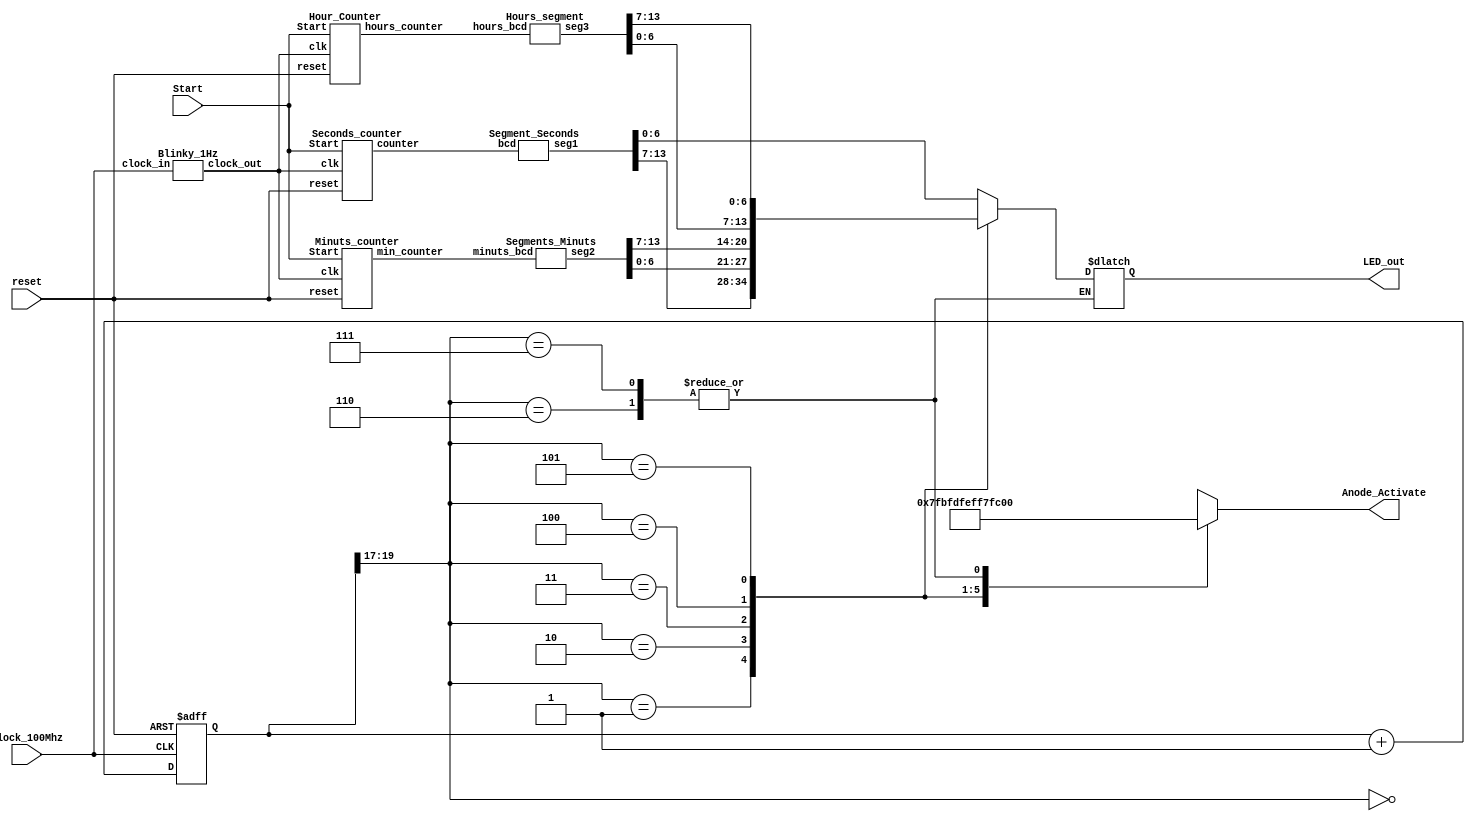
`timescale 1ns / 1ps


module Time_multiplexing( clock_100Mhz,reset,Anode_Activate,LED_out,Start );
input clock_100Mhz; // 100 Mhz clock source FPGA
input reset; // reset
input Start;
output reg [7:0] Anode_Activate; // anode signals of the 7-segment LED display
output reg [6:0] LED_out;
wire [2:0] LED_activating_counter;
reg [19:0] refresh_counter;
wire clock_out;
wire [13:0] seg1;
wire [13:0] seg2;
wire [13:0] seg3;
wire [5:0] counter;
wire [5:0] min_counter;
wire [3:0] hours_counter;

Blinky_1Hz inst0(.clock_in(clock_100Mhz), .clock_out(clock_out));

Seconds_counter inst1(.clk(clock_out),.reset(reset),.counter(counter),.Start(Start));

Segment_Seconds inst2(.bcd(counter),.seg1(seg1));

Minuts_counter inst3(.clk(clock_out),.reset(reset),.min_counter(min_counter),.Start(Start));

Segments_Minuts inst4(.minuts_bcd(min_counter),.seg2(seg2));

Hour_Counter inst5(.clk(clock_out), .reset(reset),.hours_counter(hours_counter),.Start(Start));

Hours_segment inst6(.hours_bcd(hours_counter),.seg3(seg3));


always @(posedge clock_100Mhz or posedge reset)
    begin
        if(reset==1)
            refresh_counter <= 0;
        else
            refresh_counter <= refresh_counter + 1;
    end
    assign LED_activating_counter = refresh_counter[19:17];
    // anode activating signals for 4 LEDs, digit period of 2.6ms
    // decoder to generate anode signals
    always @(*)
    begin
        case(LED_activating_counter)
        3'b000: begin
            Anode_Activate = 8'b0111_1111;
            LED_out=seg1 [6:0];
            // activate LED1 and Deactivate LED2, LED3, LED4
         
              end
        3'b001: begin
            Anode_Activate = 8'b1011_1111;
            LED_out=seg1 [13:7];
            // activate LED2 and Deactivate LED1, LED3, LED4
           
              end
        3'b010: begin
            Anode_Activate = 8'b1101_1111;
            LED_out=seg2 [6:0];
            // activate LED3 and Deactivate LED2, LED1, LED4
            end
        3'b011: begin
            Anode_Activate = 8'b1110_1111;
            LED_out=seg2 [13:7];
            // activate LED4 and Deactivate LED2, LED3, LED1
               
               end
        3'b100: begin
                           Anode_Activate = 8'b1111_0111;
                          LED_out=seg3 [6:0];
                                        // activate LED4 and Deactivate LED2, LED3, LED1
                             
                              end
         3'b101: begin
                         Anode_Activate = 8'b1111_1011;
                                          LED_out=seg3 [13:7];
                                          // activate LED4 and Deactivate LED2, LED3, LED1
                                         
                                    end
          3'b110: begin
                           Anode_Activate = 8'b1111_1111;
                                             //            LED_out=seg2 [13:7];
                                                         // activate LED4 and Deactivate LED2, LED3, LED1
                                                           
                                     end
            3'b111: begin
                             Anode_Activate = 8'b1111_1111;
                                                            //            LED_out=seg2 [13:7];
                                                                        // activate LED4 and Deactivate LED2, LED3, LED1
                                                                        //LED_BCD = ((displayed_number % 1000)%100)%10;
                                                                        // the fourth digit of the 16-bit number    
                                       end
        endcase
    end



endmodule

///Hourse module


module Hours_segment(hours_bcd,seg3);

input [3:0] hours_bcd;
output reg [13:0] seg3;


always @ (hours_bcd)
begin
   case(hours_bcd)
           0: seg3 = 14'b0000001_0000001; // "0"    
           1: seg3 = 14'b0000001_1001111; // "1"
           2: seg3 = 14'b0000001_0010010; // "2"
           3: seg3 = 14'b0000001_0000110; // "3"
           4: seg3 = 14'b0000001_1001100; // "4"
           5: seg3 = 14'b0000001_0100100; // "5"
           6: seg3 = 14'b0000001_0100000; // "6"
           7: seg3 = 14'b0000001_0001111; // "7"
           8: seg3 = 14'b0000001_0000000; // "8"    
           9: seg3 = 14'b0000001_0000100; // "9"
           
           10: seg3 = 14'b1001111_0000001; // "10"    
           11: seg3 = 14'b1001111_1001111; // "11"
           12: seg3 = 14'b1001111_0010010; // "12"
 
   
           default: seg3 = 14'b0000001_0000001;
    endcase
   
end    

endmodule
////minutes module


module Segments_Minuts(minuts_bcd,seg2);

input [5:0] minuts_bcd;
output reg [13:0] seg2;


always @ (minuts_bcd)
begin
   case(minuts_bcd)
           0: seg2 = 14'b0000001_0000001; // "0"    
           1: seg2 = 14'b0000001_1001111; // "1"
           2: seg2 = 14'b0000001_0010010; // "2"
           3: seg2 = 14'b0000001_0000110; // "3"
           4: seg2 = 14'b0000001_1001100; // "4"
           5: seg2 = 14'b0000001_0100100; // "5"
           6: seg2 = 14'b0000001_0100000; // "6"
           7: seg2 = 14'b0000001_0001111; // "7"
           8: seg2 = 14'b0000001_0000000; // "8"    
           9: seg2 = 14'b0000001_0000100; // "9"
           
           10: seg2 = 14'b1001111_0000001; // "10"    
           11: seg2 = 14'b1001111_1001111; // "11"
           12: seg2 = 14'b1001111_0010010; // "12"
           13: seg2 = 14'b1001111_0000110; // "13"
           14: seg2 = 14'b1001111_1001100; // "14"
           15: seg2 = 14'b1001111_0100100; // "15"
           16: seg2 = 14'b1001111_0100000; // "16"
           17: seg2 = 14'b1001111_0001111; // "17"
           18: seg2 = 14'b1001111_0000000; // "18"    
           19: seg2 = 14'b1001111_0000100; // "19"
         
   
           20: seg2 = 14'b0010010_0000001; // "10"    
           21: seg2 = 14'b0010010_1001111; // "11"
           22: seg2 = 14'b0010010_0010010; // "12"
           23: seg2 = 14'b0010010_0000110; // "13"
           24: seg2 = 14'b0010010_1001100; // "14"
           25: seg2 = 14'b0010010_0100100; // "15"
           26: seg2 = 14'b0010010_0100000; // "16"
           27: seg2 = 14'b0010010_0001111; // "17"
           28: seg2 = 14'b0010010_0000000; // "18"    
           29: seg2 = 14'b0010010_0000100; // "19"
 
 
           30: seg2 = 14'b0000110_0000001; // "10"    
           31: seg2 = 14'b0000110_1001111; // "11"
           32: seg2 = 14'b0000110_0010010; // "12"
           33: seg2 = 14'b0000110_0000110; // "13"
           34: seg2 = 14'b0000110_1001100; // "14"
           35: seg2 = 14'b0000110_0100100; // "15"
           36: seg2 = 14'b0000110_0100000; // "16"
           37: seg2 = 14'b0000110_0001111; // "17"
           38: seg2 = 14'b0000110_0000000; // "18"    
           39: seg2 = 14'b0000110_0000100; // "19"
 
           40: seg2 = 14'b1001100_0000001; // "10"    
           41: seg2 = 14'b1001100_1001111; // "11"
           42: seg2 = 14'b1001100_0010010; // "12"
           43: seg2 = 14'b1001100_0000110; // "13"
           44: seg2 = 14'b1001100_1001100; // "14"
           45: seg2 = 14'b1001100_0100100; // "15"
           46: seg2 = 14'b1001100_0100000; // "16"
           47: seg2 = 14'b1001100_0001111; // "17"
           48: seg2 = 14'b1001100_0000000; // "18"    
           49: seg2 = 14'b1001100_0000100; // "19"
 
           50: seg2 = 14'b0100100_0000001; // "10"    
           51: seg2 = 14'b0100100_1001111; // "11"
           52: seg2 = 14'b0100100_0010010; // "12"
           53: seg2 = 14'b0100100_0000110; // "13"
           54: seg2 = 14'b0100100_1001100; // "14"
           55: seg2 = 14'b0100100_0100100; // "15"
           56: seg2 = 14'b0100100_0100000; // "16"
           57: seg2 = 14'b0100100_0001111; // "17"
           58: seg2 = 14'b0100100_0000000; // "18"    
           59: seg2 = 14'b0100100_0000100; // "19"
 
   
           default: seg2 = 14'b0000001_0000001;
    endcase
   
end    

endmodule

//seconds module


module Segment_Seconds(bcd,seg1);

input [5:0] bcd;
output reg [13:0] seg1;

always @ (bcd)
begin
   case(bcd)
          0: seg1 = 14'b0000001_0000001; // "0"    
          1: seg1 = 14'b0000001_1001111; // "1"
          2: seg1 = 14'b0000001_0010010; // "2"
          3: seg1 = 14'b0000001_0000110; // "3"
          4: seg1 = 14'b0000001_1001100; // "4"
          5: seg1 = 14'b0000001_0100100; // "5"
          6: seg1 = 14'b0000001_0100000; // "6"
          7: seg1 = 14'b0000001_0001111; // "7"
          8: seg1 = 14'b0000001_0000000; // "8"    
          9: seg1 = 14'b0000001_0000100; // "9"
         
          10: seg1 = 14'b1001111_0000001; // "10"    
          11: seg1 = 14'b1001111_1001111; // "11"
          12: seg1 = 14'b1001111_0010010; // "12"
          13: seg1 = 14'b1001111_0000110; // "13"
          14: seg1 = 14'b1001111_1001100; // "14"
          15: seg1 = 14'b1001111_0100100; // "15"
          16: seg1 = 14'b1001111_0100000; // "16"
          17: seg1 = 14'b1001111_0001111; // "17"
          18: seg1 = 14'b1001111_0000000; // "18"    
          19: seg1 = 14'b1001111_0000100; // "19"
         
 
          20: seg1 = 14'b0010010_0000001; // "10"    
          21: seg1 = 14'b0010010_1001111; // "11"
          22: seg1 = 14'b0010010_0010010; // "12"
          23: seg1 = 14'b0010010_0000110; // "13"
          24: seg1 = 14'b0010010_1001100; // "14"
          25: seg1 = 14'b0010010_0100100; // "15"
          26: seg1 = 14'b0010010_0100000; // "16"
          27: seg1 = 14'b0010010_0001111; // "17"
          28: seg1 = 14'b0010010_0000000; // "18"    
          29: seg1 = 14'b0010010_0000100; // "19"


          30: seg1 = 14'b0000110_0000001; // "10"    
          31: seg1 = 14'b0000110_1001111; // "11"
          32: seg1 = 14'b0000110_0010010; // "12"
          33: seg1 = 14'b0000110_0000110; // "13"
          34: seg1 = 14'b0000110_1001100; // "14"
          35: seg1 = 14'b0000110_0100100; // "15"
          36: seg1 = 14'b0000110_0100000; // "16"
          37: seg1 = 14'b0000110_0001111; // "17"
          38: seg1 = 14'b0000110_0000000; // "18"    
          39: seg1 = 14'b0000110_0000100; // "19"

          40: seg1 = 14'b1001100_0000001; // "10"    
          41: seg1 = 14'b1001100_1001111; // "11"
          42: seg1 = 14'b1001100_0010010; // "12"
          43: seg1 = 14'b1001100_0000110; // "13"
          44: seg1 = 14'b1001100_1001100; // "14"
          45: seg1 = 14'b1001100_0100100; // "15"
          46: seg1 = 14'b1001100_0100000; // "16"
          47: seg1 = 14'b1001100_0001111; // "17"
          48: seg1 = 14'b1001100_0000000; // "18"    
          49: seg1 = 14'b1001100_0000100; // "19"

          50: seg1 = 14'b0100100_0000001; // "10"    
          51: seg1 = 14'b0100100_1001111; // "11"
          52: seg1 = 14'b0100100_0010010; // "12"
          53: seg1 = 14'b0100100_0000110; // "13"
          54: seg1 = 14'b0100100_1001100; // "14"
          55: seg1 = 14'b0100100_0100100; // "15"
          56: seg1 = 14'b0100100_0100000; // "16"
          57: seg1 = 14'b0100100_0001111; // "17"
          58: seg1 = 14'b0100100_0000000; // "18"    
          59: seg1 = 14'b0100100_0000100; // "19"
         
         
         
         
         
         
 
          default: seg1 = 14'b0000001_0000001;
    endcase
   
end    

endmodule

//seconds counter



module Seconds_counter(clk,reset,counter,Start);
   
input clk,reset,Start; //start stop buttton "Start"
output [5:0] counter;

reg [5:0] counter_up;


always @(posedge clk or posedge reset)
begin
if(reset)
counter_up<=6'd0;
else if(Start)
begin
counter_up<=counter_up+6'd1;
if(counter_up>=59)
begin
counter_up<=6'd0;
end
end
else
begin
counter_up<=counter_up;
end
end

assign counter = counter_up;



endmodule

//minutes counter


module Minuts_counter(clk,reset,min_counter,Start);
   
    input clk,reset,Start; //start stop buttton "Start"
   
    output [5:0] min_counter;
reg [5:0] counter_up;
reg [5:0] counter_up1;
reg enable;

initial
begin
counter_up1<=6'd0;
end
initial
begin
counter_up<=6'd0;
end

always @(posedge clk or posedge reset )
begin

if(reset)
begin
 counter_up1 <= 6'd0;
 counter_up <=6'd0;
 end
else if (Start)
 begin
 counter_up <= counter_up + 6'd1;
if(counter_up>=59)
begin
counter_up<=0;
enable<=1;
end

if(enable==1 && counter_up==0)
begin
counter_up1<=counter_up1+6'd1;
end
if(counter_up1>=59)
begin
counter_up1<=0;
end
end
else begin
counter_up1 <= counter_up1;
 counter_up <=counter_up;
end
end
assign min_counter = counter_up1;

endmodule

//hourse counter



module Hour_Counter(clk, reset,hours_counter,Start);
   
    input clk, reset,Start;
   
    output [3:0] hours_counter;
reg [11:0] counter_up;
reg [3:0] counter_up1;
reg enable;

initial
begin
counter_up1<=4'd0;
end
initial
begin
counter_up<=12'd0;
end

always @(posedge clk or posedge reset)
begin
if(reset)
begin
 counter_up1 <= 4'd0;
 counter_up<=12'd0;
end
else if(Start)
 begin
 counter_up <= counter_up + 12'd1;
if(counter_up>=3599)
begin
counter_up<=0;
enable<=1;
end

if(enable==1 && counter_up==0)
begin
counter_up1<=counter_up1+4'd1;
end
if(counter_up1>=12)
begin
counter_up1<=0;
end
end
else
begin
counter_up1 <= counter_up1;
counter_up <=counter_up;
end
end
assign hours_counter = counter_up1;

endmodule

////Blinky

module Blinky_1Hz(clock_in, clock_out);
 input clock_in; // System clock
 output clock_out; // Low-frequency clock
 reg [31:0] counter_out; // register for storing values
 reg clock_out; // register buffer for output port

 initial begin
    counter_out<=32'h00000000; // 0 in Hexadecimal format
    clock_out<=0;
 end
 
 //this always block runs on the fast 100MHz clock
 always @(posedge clock_in)
 begin
    counter_out<=counter_out + 32'h0000001; // Adding one at every clock pulse
    if (counter_out>32'h2FAF080) // If count value reaches to 50000000
    begin
   
        counter_out<=32'h00000000; // reset the counter
        clock_out <= ~clock_out; // and invert the clock pulse level
    end
 end
 
 endmodule